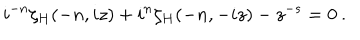
LaTeX: { i } ^ { - n } \zeta _ { H } ( - n , i z ) + i ^ { n } \zeta _ { H } ( - n , - i z ) - z ^ { - s } = 0 \: .